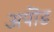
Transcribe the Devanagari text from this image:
अपॊड